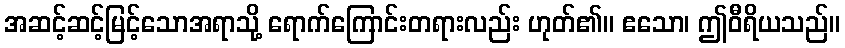
အဆင့်ဆင့်မြင့်သောအရာသို့ ရောက်ကြောင်းတရားလည်း ဟုတ်၏။ ဧသော၊ ဤဝီရိယသည်။